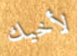
لأخيك